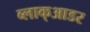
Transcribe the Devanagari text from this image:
ब्लाक्आडर